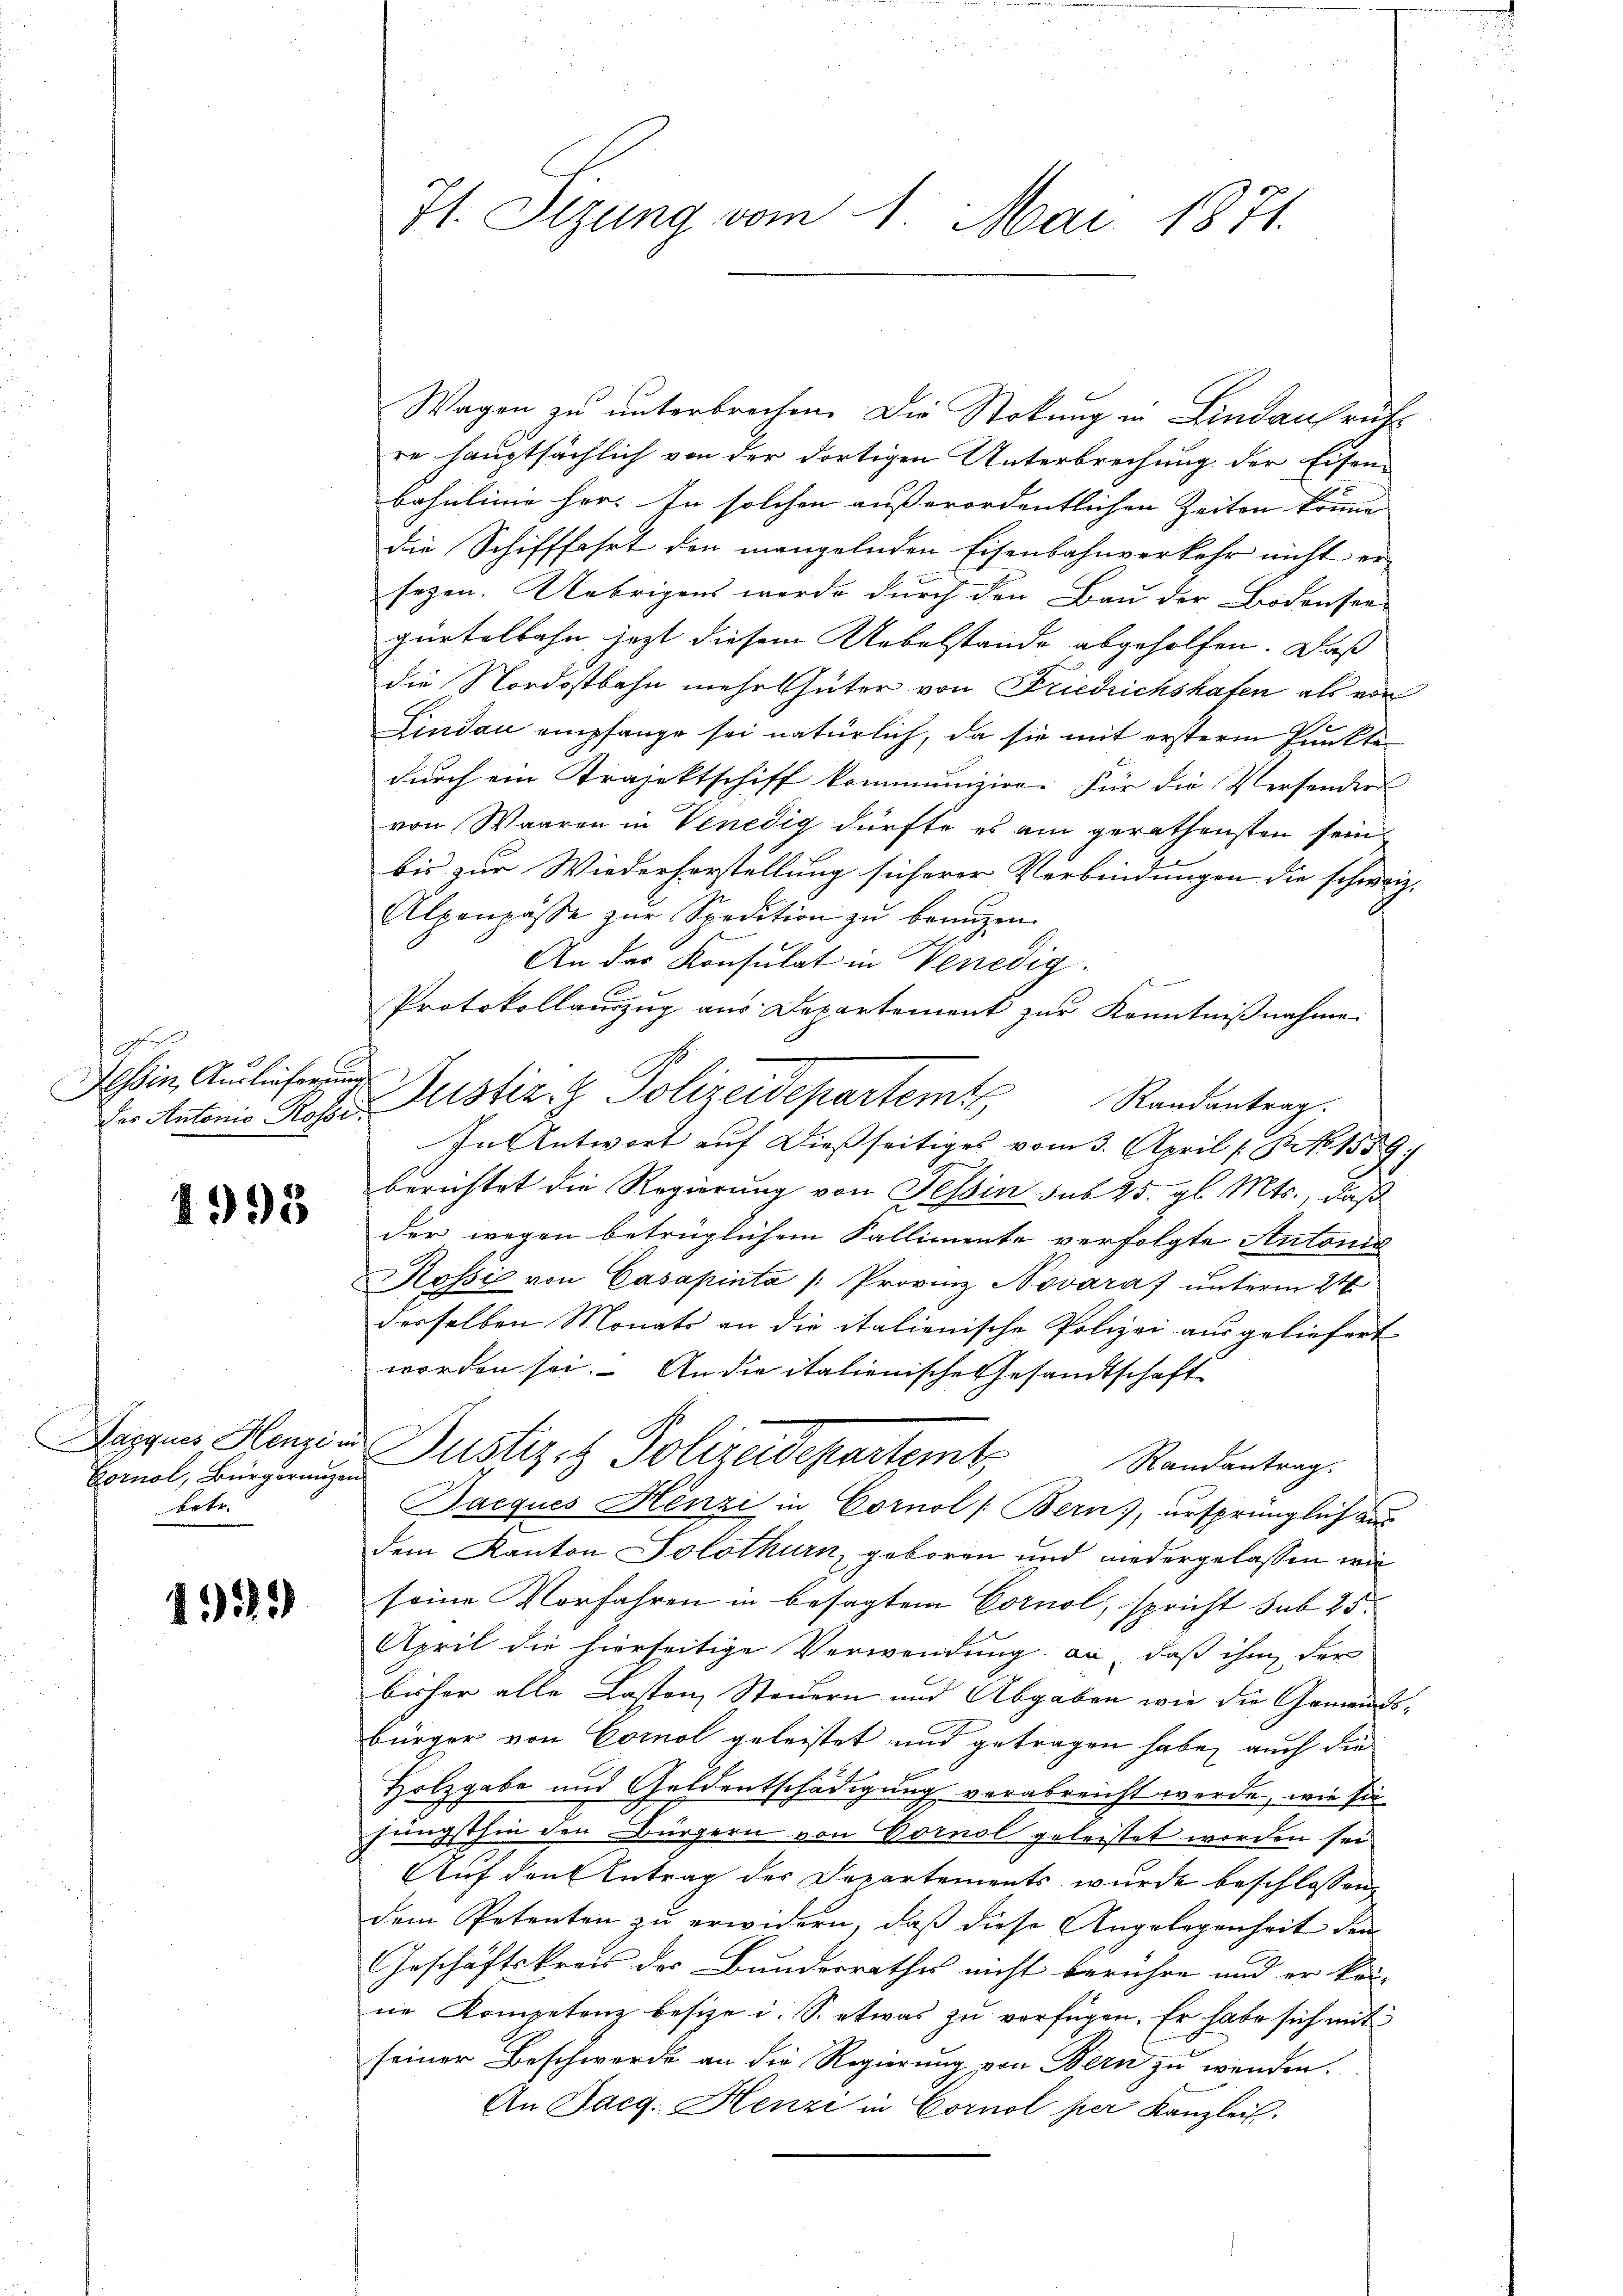
e
Hessin, Auslieferung

1993

Bornal, Bürgerungen
betr.

499)

7t. Sizung vom 1. Mai 1871.

Wagen zu unterbrechen. Die Stockung in Lindaufruchs
re hauptsächlich von der dortigen Unterbrechung der Eisen-
bahnlinie her. In solchen ausserordentlichen Zeiten könne
die Schifffahrt den mangelnden Eisenbahnverkehr nicht ersezen. Uebrigens werde durch den Bau der Bodenseegürtelbahn, jezt diesem Uebelstande abgeholfen. Daß
die Nordostbahn mehr hüter von Friedrichshafen als von
Lindau empfange sei natürlich, da sie mit ersterm Punkte
durch ein Krajektschiff kommunizire. Für die Versonders
von Waaren in Venedig dürfte es am gerathensten sein
bis zur Wiederherstellung sicherer Verbindungen die schweiz.
Alpenpässe zŭr Spedition zŭ beaŭzen.
An der Konsulat in Venedig

Protokollauszug aus Departement zur Kenntnißnahme
Der Antonis Rohes Justiz- & Polizeidepartem Randantrag.
In Antwort auf dießseitiges vom 3. April 1 S. 1559.
berichtet die Regierung von Tessin sub 25. gl. Mts., daß
der wegen betrüglichem Fallimente verfolgte Antonis
Rossi von Casapinta /: Provinz Novara) unterm 24
derselben Monats an die italienische Polizei ausgeliefert
worden sei. An die italienische Gesandtschaft
Dappes Henzin Justiz- & Polizeidepartemt, Randantrag:
Bacques Henzi in Cornol (Bern), ursprünglich aus
dem Kanton Solothurn, geboren und niedergelassen wir
seine Vorfahren in besagtem Cornol, spricht sub 25.
April die hierseitige Verwendung an daß ihm der
bisher alle Lasten Steuern und Abgaben wie die Gemeindsbürger von Cornol geleistet und getragen habe, auch die
Holzgabe und Geldentschädigung verabreicht werde, wie sie
jüngsthin den Bürgern von Bornol geleistet worden sei
Aufdruk Antrag des Departements wurde beschlossen,
dem Petenten zu erwidern, daß diese Angelegenheit den
Geschäftskreis des Bunderrathes nicht berühre und er kon-
ne Kompetenz besize i. S. etwas zu verfügen. Er habe sich mit
seiner Beschwerde an die Regierung von Bern zu wenden.
An Pacg. Henzi in Cornel per Kanzlei.